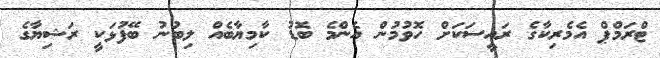
ޓްރަމްޕް އެމެރިކާގެ ރައީސަކަށް ހޮވުމުން އެންމެ ބޮޑު ކާމިޔާބެއް ލިބުނު ބޭފުޅަކީ ރަޝިޔާގެ